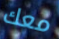
معك